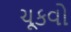
ચૂકવો